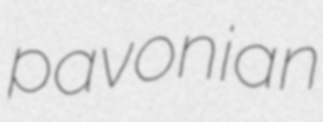
pavonian